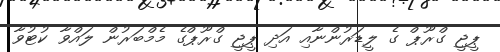
ޕީޖީ ގްރޫޕް ގެ ލީޑަރުންނާއި އަދި ޕީޖީ ގްރޫޕްގެ މެމްބަރުން ލައްވާ ކުޓުވާ